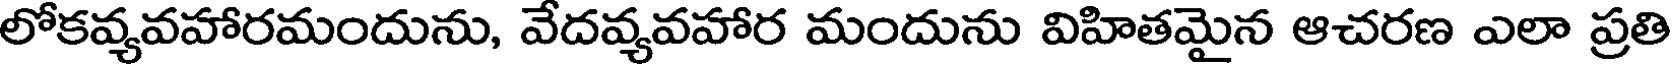
లోకవ్యవహారమందును, వేదవ్యవహార మందును విహితమైన ఆచరణ ఎలా ప్రతి